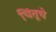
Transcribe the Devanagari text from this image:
चिंतूचे